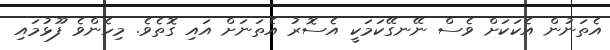
އެތަނުން އެކަކަށް ވެސް ނޭނގޭކަމަކީ އެސޮރު އެތަނަށް އައި ގޮތެވެ. މިހެންވެ ފޫޅުމައި